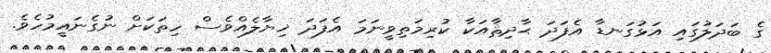
ގެ ބަދަލުގައި އަޅުގަނޑާ އެފަދަ ޙާދިޘާއަކާ ކުރިމަތިވީނަމަ އެފަދަ ޚިޔާލެއްވެސް ހިތަކަށް ނުގެނައީމުހެވެ.